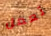
تعمل